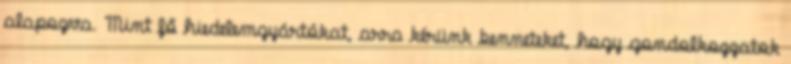
alapozva. Mint fő hiedelemgyártókat, arra kérünk benneteket, hogy gondolkozzatok